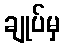
ချုပ်မှ